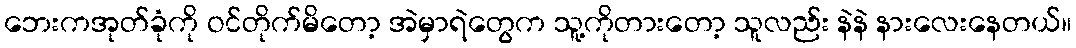
ဘေးကအုတ်ခုံကို ဝင်တိုက်မိတော့ အဲမှာရဲတွေက သူ့ကိုတားတော့ သူလည်း နဲနဲ နားလေးနေတယ်။